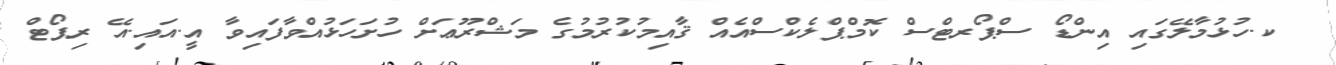
_ ކ.ހުޅުމާލޭގައި އިންޑޯ ސްޕޯރޓްސް ކޮމްޕްލެކްސްއެއް ޤާއިމުކުރުމުގެ މަޝްރޫޢަށް ހުށަހަޅުއްވާފައިވާ އީ.އައި.އޭ ރިޕޯޓް